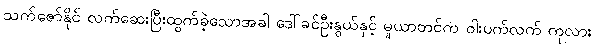
သက်ဇော်နိုင် လက်ဆေးပြီးထွက်ခဲ့သောအခါ ဒေါ်ခင်ဦးနွယ်နှင့် မူယာတင်က ဝါးပက်လက် ကုလား